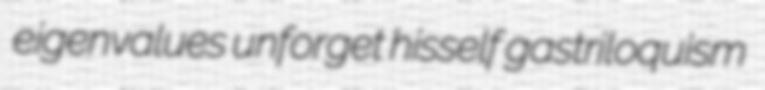
eigenvalues unforget hisself gastriloquism